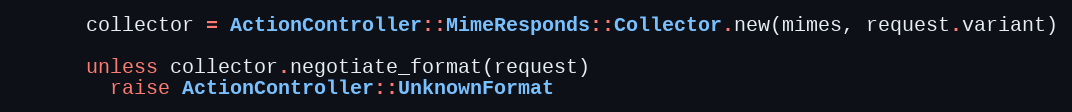
Language: Ruby
      collector = ActionController::MimeResponds::Collector.new(mimes, request.variant)

      unless collector.negotiate_format(request)
        raise ActionController::UnknownFormat